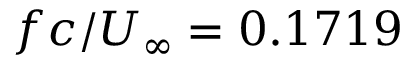
f c / U _ { \infty } = 0 . 1 7 1 9